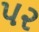
પ૨